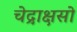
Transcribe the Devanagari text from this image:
चेद्राक्षसो